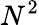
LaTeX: N^{2}